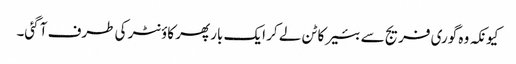
کیونکہ وہ گوری فریج سے بئیر کا ٹن لے کر ایک بار پھر کاؤنٹر کی طرف آ گئی۔